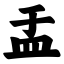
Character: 盂